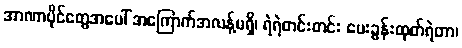
အာဏာပိုင်တွေအပေါ် အကြောက်အလန့်မရှိ၊ ရဲရဲတင်းတင်း မေးခွန်းထုတ်ရဲတာ၊